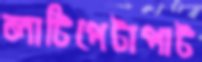
লাটিপেটাপাট